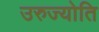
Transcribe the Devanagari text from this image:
उरुज्योति